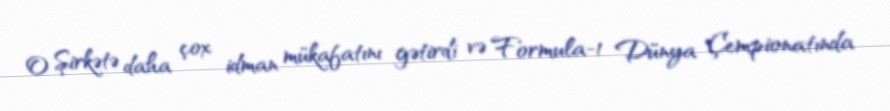
O Şirkətə daha çox idman mükafatını gətirdi və Formula-1 Dünya Çempionatında